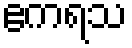
ဧကရသ